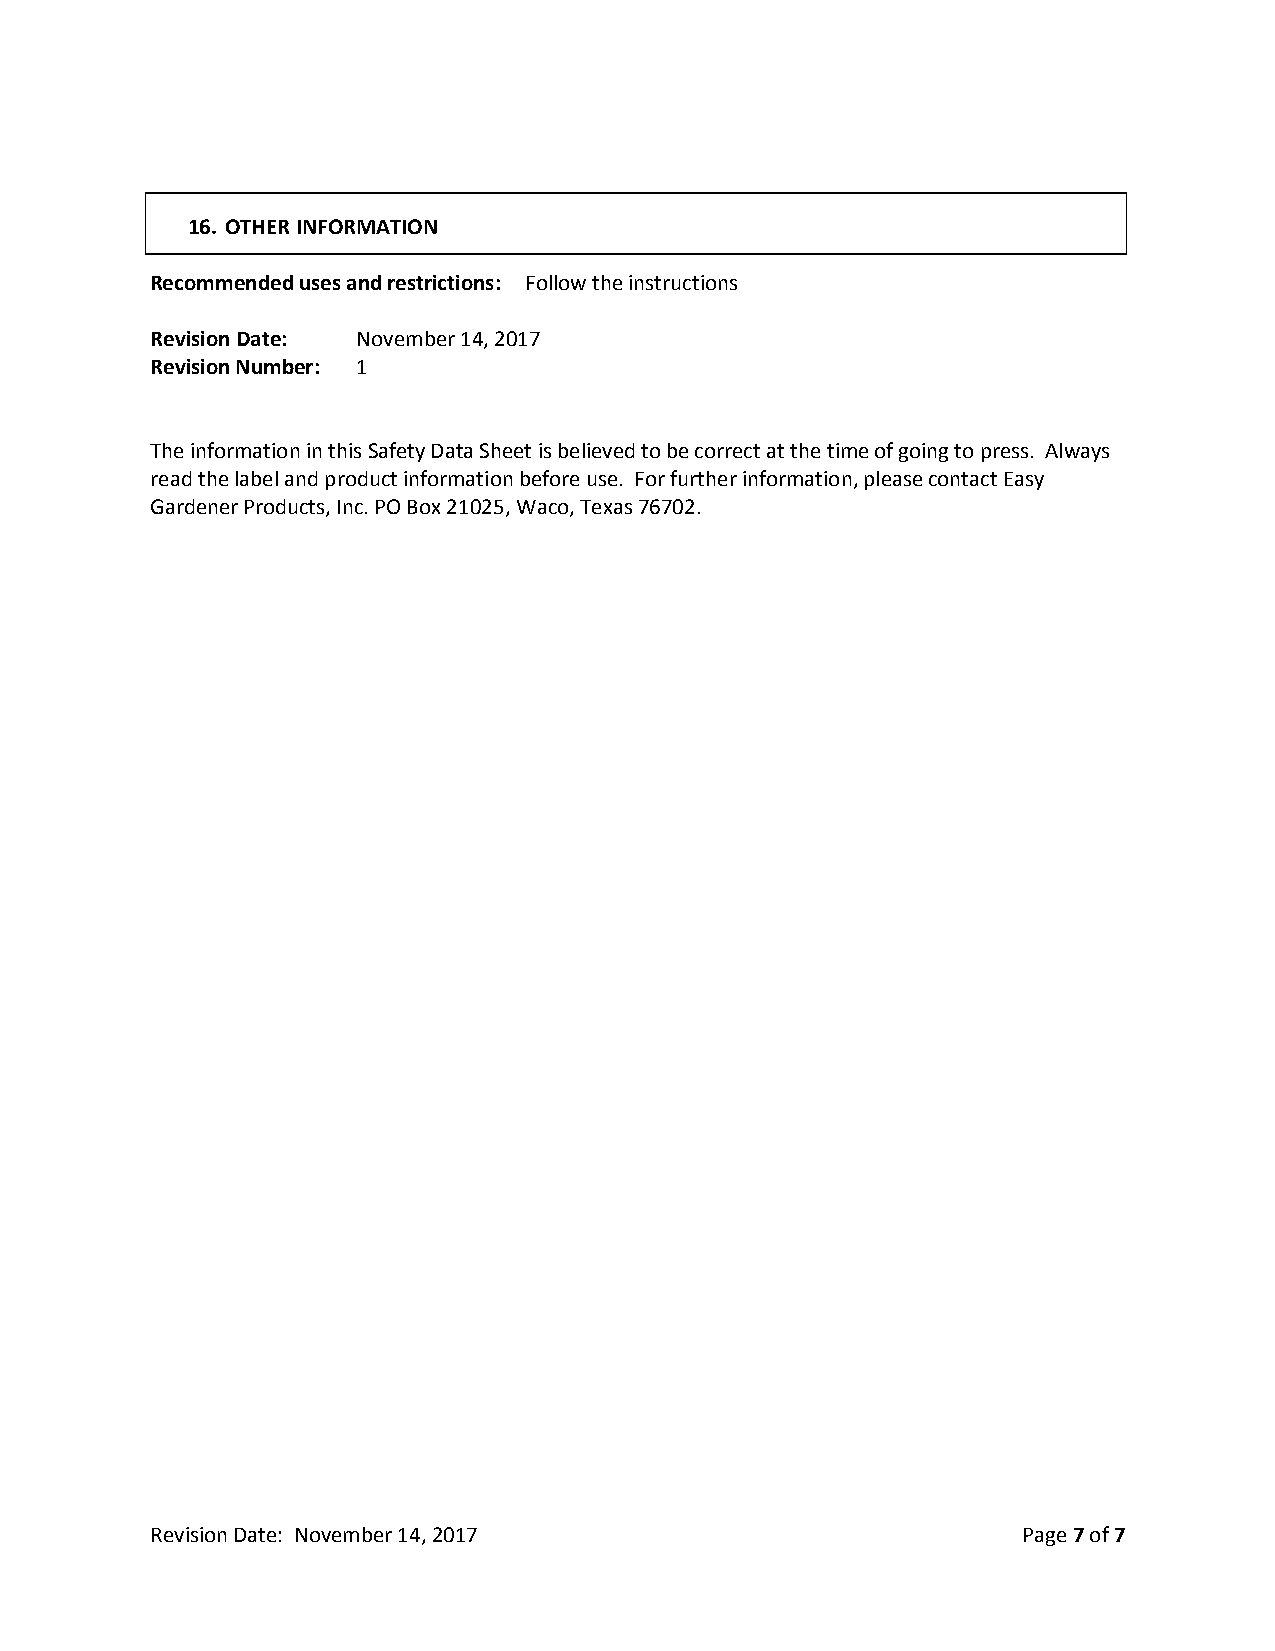
16. OTHER INFORMATION
 Recommended uses and restrictions: Follow the instructions
 Revision Date: November 14, 2017
 Revision Number: 1
 The information in this Safety Data Sheet is believed to be correct at the time of going to press. Always
 read the label and product information before use. For further information, please contact Easy
 Gardener Products, Inc. PO Box 21025, Waco, Texas 76702.
 Revision Date: November 14, 2017                          Page 7 of 7